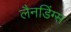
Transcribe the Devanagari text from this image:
लैनडिंग्स